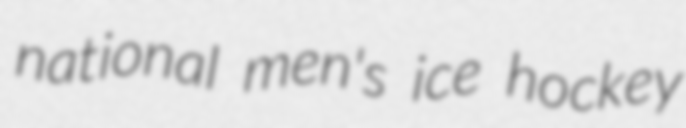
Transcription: national men's ice hockey